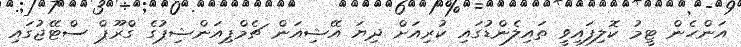
އަންހެން ޓީމު ކޮލިފައިވީ ތައިލެންޑުގައި ކުރިއަށް ދިޔަ އޭޝިއަން ޗެމްޕިއަންޝިޕުގެ ގްރޫޕް ސްޓޭޖުގައި